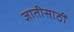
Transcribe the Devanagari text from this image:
ज्ञातीसाठीं